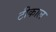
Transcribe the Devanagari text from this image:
टीकाल